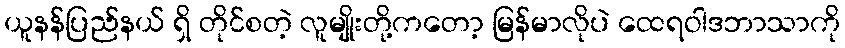
ယူနန်ပြည်နယ် ရှိ တိုင်စတဲ့ လူမျိုးတို့ကတော့ မြန်မာလိုပဲ ထေရဝါဒဘာသာကို